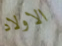
الاولاد